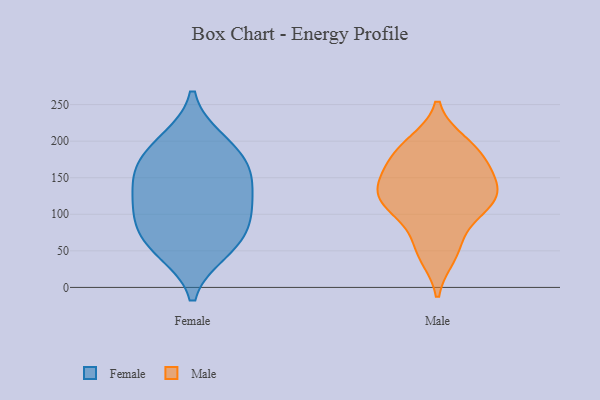
{"axis": {"x": "Latency (ms)", "y": "Value"}, "legend": ["Female", "Male"], "data": [{"x": "", "y": 109, "type": "Female"}, {"x": "", "y": 160, "type": "Female"}, {"x": "", "y": 190, "type": "Female"}, {"x": "", "y": 156, "type": "Female"}, {"x": "", "y": 114, "type": "Female"}, {"x": "", "y": 200, "type": "Female"}, {"x": "", "y": 151, "type": "Female"}, {"x": "", "y": 98, "type": "Female"}, {"x": "", "y": 58, "type": "Female"}, {"x": "", "y": 50, "type": "Female"}, {"x": "", "y": 72, "type": "Female"}, {"x": "", "y": 114, "type": "Male"}, {"x": "", "y": 187, "type": "Male"}, {"x": "", "y": 182, "type": "Male"}, {"x": "", "y": 44, "type": "Male"}, {"x": "", "y": 141, "type": "Male"}, {"x": "", "y": 116, "type": "Male"}, {"x": "", "y": 197, "type": "Male"}, {"x": "", "y": 147, "type": "Male"}, {"x": "", "y": 122, "type": "Male"}, {"x": "", "y": 158, "type": "Male"}, {"x": "", "y": 60, "type": "Male"}, {"x": "", "y": 107, "type": "Male"}]}